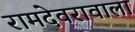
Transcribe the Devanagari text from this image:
रामदेवरावाला